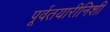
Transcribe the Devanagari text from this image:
पूर्वतयारीनिशी